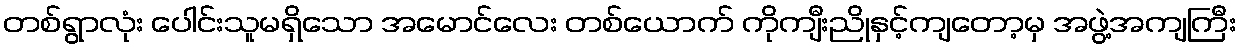
တစ်ရွာလုံး ပေါင်းသူမရှိသော အမောင်လေး တစ်ယောက် ကိုကျီးညိုနှင့်ကျတော့မှ အဖွဲ့အကျကြီး